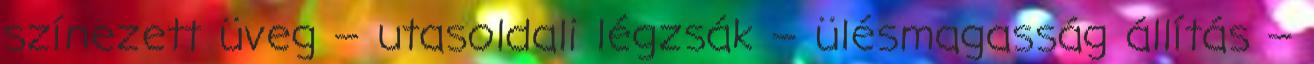
színezett üveg – utasoldali légzsák – ülésmagasság állítás –